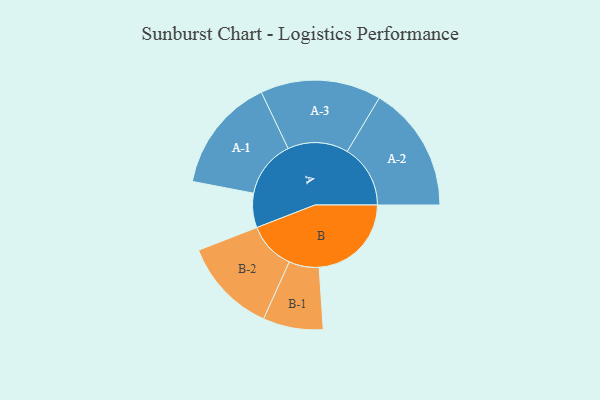
{"axis": {"x": "Segment", "y": "Value"}, "legend": ["", "A", "B"], "data": [{"x": "A", "y": 137, "type": ""}, {"x": "B", "y": 368, "type": ""}, {"x": "A-1", "y": 229, "type": "A"}, {"x": "A-2", "y": 252, "type": "A"}, {"x": "A-3", "y": 241, "type": "A"}, {"x": "B-1", "y": 120, "type": "B"}, {"x": "B-2", "y": 190, "type": "B"}]}